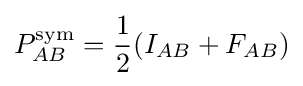
P_{AB}^{\text{sym}}={\frac {1}{2}}(I_{AB}+F_{AB})